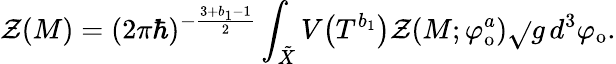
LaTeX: \mathcal{Z}(M)=(2\pi\hbar)^{-\frac{{3+b_{1}-1}}{{2}}}\int_{\tilde{{X}}}V\big(T^{b_{1}}\big)\mathcal{Z}(M;\varphi_{\mathrm{{o}}}^{a})\sqrt{}{{g}}\, d^{3}\varphi_{\mathrm{{o}}}.